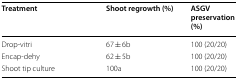
| Treatment | Shoot regrowth (%) | ASGV preservation (%) |
 | --- | --- | --- |
 | Drop-vitri | 67 ± 6b | 100 (20/20) |
 | Encap-dehy | 62 ± 5b | 100 (20/20) |
 | Shoot tip culture | 100a | 100 (20/20) |